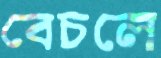
বেচলে